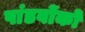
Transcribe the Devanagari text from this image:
पांडवोंको